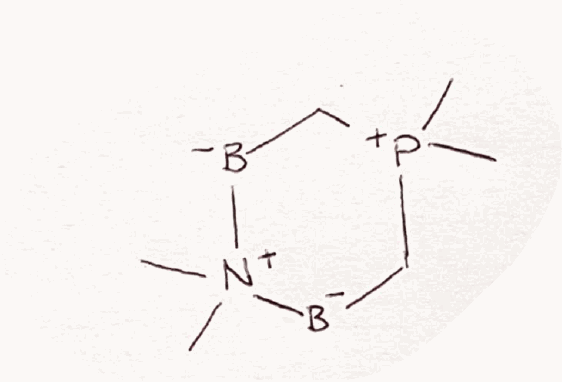
Simplified molecular-input line-entry system (SMILES) notation of the given molecule:
[B-]1C[P+](C[B-][N+]1(C)C)(C)C